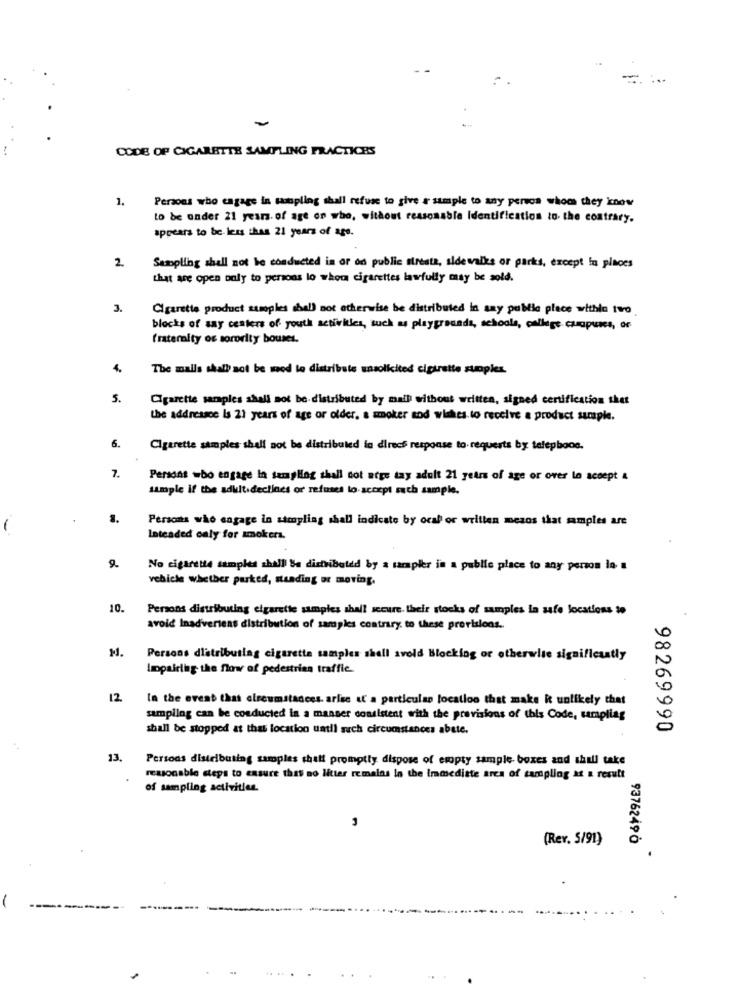
...
-
CODE OF CIGARETTE SAMPLING PRACTICES
1.
Persons who cagage in sampling shall refuse to give a sample to any pervos whom they know
to be onder 21 years. of age on who, without reasonable Identification to the contrary.
appears to be less than 21 years of age.
2
Sampling shall not be conducted in or od public siresta, sidewalks or parks, except in places
that are open only to persons lo whom cigarettes lawfully may be sold.
3.
Cigarette product samples shall not otherwise be distributed in any public place withlo two
blocks of say centers of youth activities, such as playgrounds, schools, college campuses, or
fraternity os sorority bouses.
4.
The malls shall not be med to distribute unsolicited cigarette supples.
5.
Cigarette samples shall not be distributed by mail without written, signed certification thet
the addressce Is 21 years of age or older. a smoker sod wishes to receive a product sample.
6.
Cigarette samples shall not be distributed in direct response to-requests by telephone.
7.
Persons who engage In sampling shall not atge tay adult 21 years of age or over lo accept &
sample if the adult declines or refuses to accept such sample.
Persons who engage in sampling shall indicate by ocal or written mezos that samples are
1
Inteaded caly for smokers.
9.
No cigarette samples shall Be distributed by a sampler in a public place to any person lo a
vehicle whether parked, standing or moving.
10.
Persons distributing cigarette samples shall secure. their stocks of samples la safe locations to
avoid Inadvertent distribution of samples contrary to these provisions ..
M.
Persons dlatributlag cigarette samples shell svold Blocking or otherwise significantly
Impairing the flow of pedestrian traffic.
12
In the event that olreumstadces. arise of a particular location that make k unlikely that
sampling can be conducted in a manser consistent with the provisions of this Code, sampling
shall be stopped at that location until such circumstances abete.
98269990
13.
Persoas distributing samples shalt promptly dispose of empty sample boxes and shall take
reasonable steps to ensure that no litter remains In the Immediate area of sampling at a result
of sampling activities.
(Rev. 5/91)
93762490